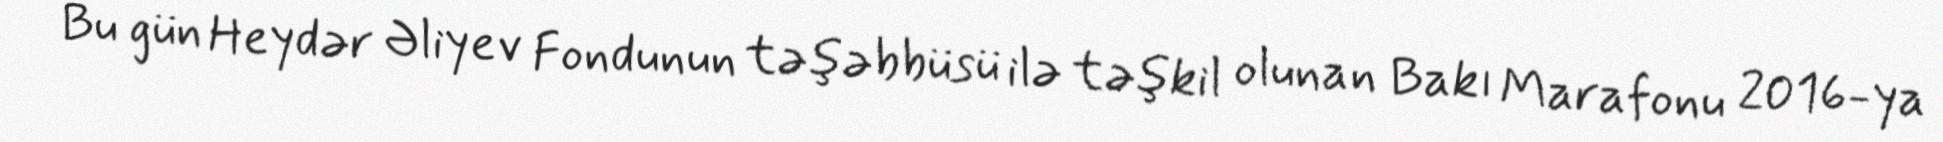
Bu gün Heydər Əliyev Fondunun təşəbbüsü ilə təşkil olunan Bakı Marafonu 2016-ya